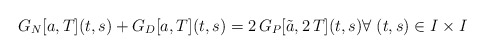
\begin{align*}G_N[a,T](t,s)+G_D[a,T](t,s)=2\,G_P[\tilde a,2\,T](t,s) \forall \; (t,s)\in I\times I\end{align*}